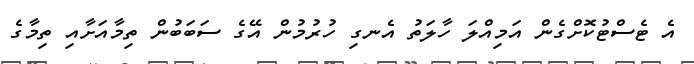
އެ ޓެސްޓުކޮށްގެން އަމިއްލަ ހާލަތު އެނގި ހުރުމުން އޭގެ ސަބަބުން ތިމާއަށާއި ތިމާގެ